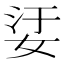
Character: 𡜡